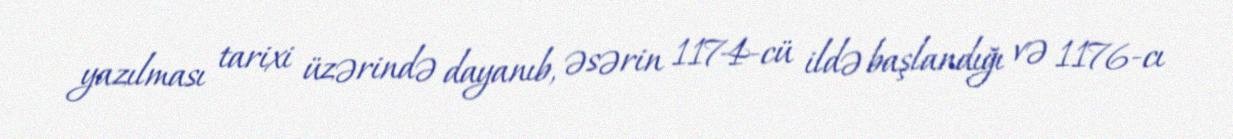
yazılması tarixi üzərində dayanıb, əsərin 1174-cü ildə başlandığı və 1176-cı